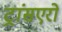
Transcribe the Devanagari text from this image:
ट्रांसएरो